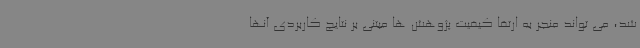
شد، می تواند منجر به ارتقا کیفیت پژوهش ها مبتنی بر نتایج کاربردی آنها